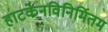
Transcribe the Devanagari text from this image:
हाटकेनविनिर्मितम